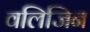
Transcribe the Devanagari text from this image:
वलिजिन